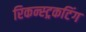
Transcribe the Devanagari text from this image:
रिकन्स्ट्रकटिंग